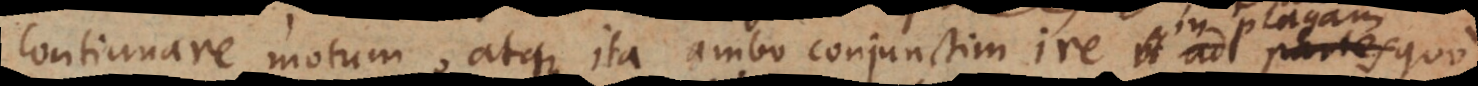
continuare motum, atque ita ambo conjunctim ire ad partes in